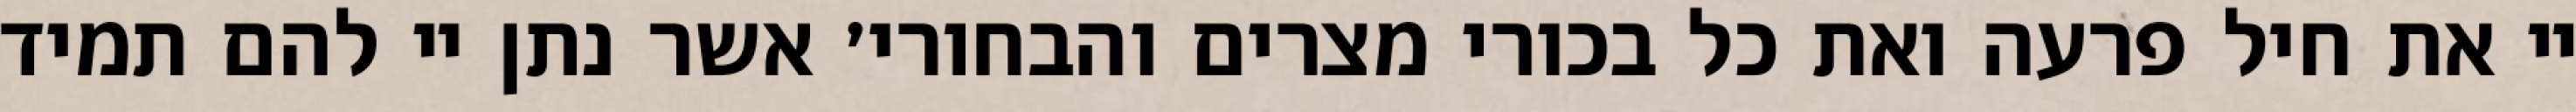
יי את חיל פרעה ואת כל בכורי מצרים והבחורי׳ אשר נתן יי להם תמיד